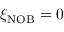
\xi _ { \mathrm { N O B } } = 0